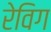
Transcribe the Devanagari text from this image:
रेविग